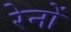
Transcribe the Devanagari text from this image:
रेनों